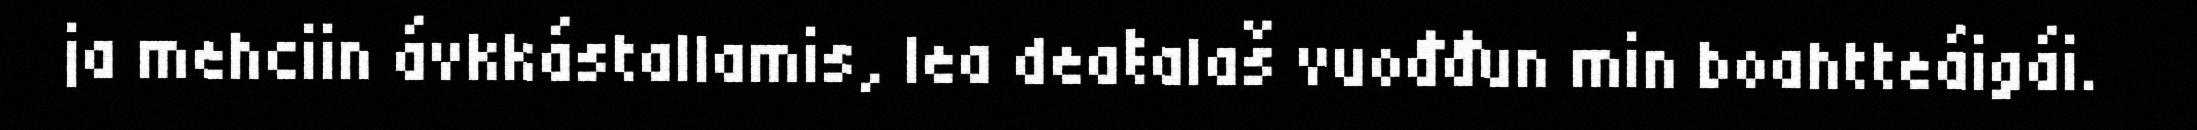
ja mehciin ávkkástallamis, lea deaŧalaš vuođđun min boahtteáigái.